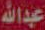
عبدالله